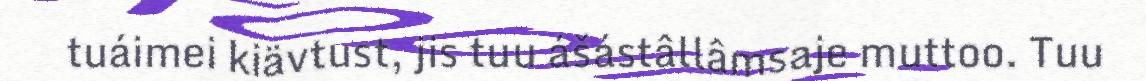
tuáimei kiävtust, jis tuu ášástâllâmsaje muttoo. Tuu